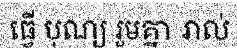
ធ្វើ បុណ្យ រួមគ្នា រាល់